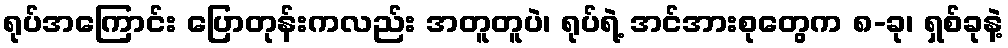
ရုပ်အကြောင်း ပြောတုန်းကလည်း အတူတူပဲ၊ ရုပ်ရဲ့ အင်အားစုတွေက ၈-ခု၊ ရှစ်ခုနဲ့